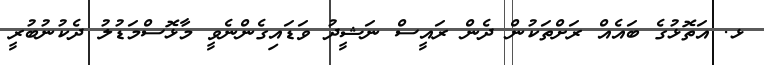
ޅ. އަތޮޅުގެ ބައެއް ރަށްތަކުން ދެން ރައީސް ނަޝީދު ވަޑައިގެންނެވީ މާޅޮސްމަޑުލު ދެކުނުބުރީ